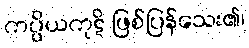
ကပ္ပိယကုဋိ ဖြစ်ပြန်သေး၏၊